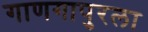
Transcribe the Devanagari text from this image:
गाणगापुरला